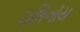
ઇલિનૉય